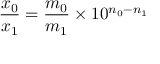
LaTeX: { \frac { x _ { 0 } } { x _ { 1 } } } = { \frac { m _ { 0 } } { m _ { 1 } } } \times 1 0 ^ { n _ { 0 } - n _ { 1 } }